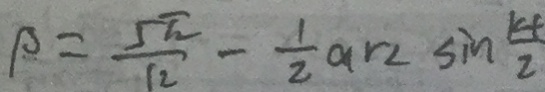
P = \frac { 5 \pi } { 1 2 } - \frac { 1 } { 2 } a r 2 \sin \frac { k t } { 2 }